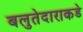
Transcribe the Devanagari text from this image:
बलुतेदाराकडे